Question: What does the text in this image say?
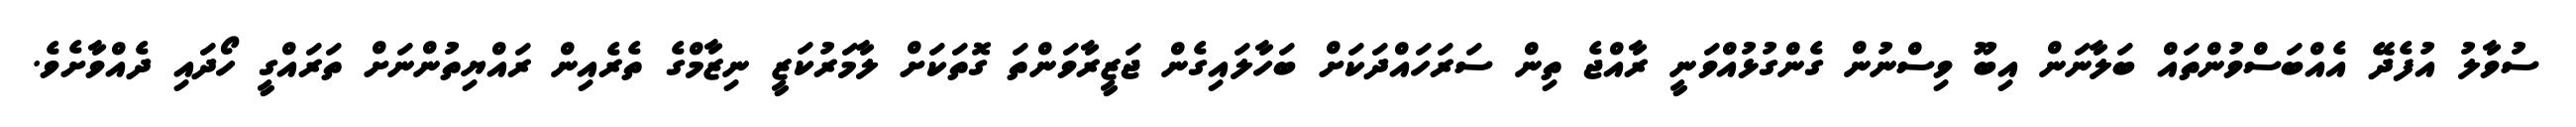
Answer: ސުވާލު އުފެދޭ އެއްބަސްވުންތައް ބަލާނަން އިބޫ ވިސްނުން ގެންގުޅުއްވަނީ ރާއްޖެ ތިން ސަރަހައްދަކަށް ބަހާލައިގެން ޖަޒީރާވަންތަ ގޮތަކަށް ލާމަރުކަޒީ ނިޒާމްގެ ތެރެއިން ރައްޔިތުންނަށް ތަރައްގީ ހޯދައި ދެއްވާށެވެ.